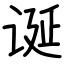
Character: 诞